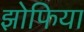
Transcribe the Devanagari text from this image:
झोफिया